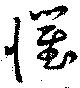
懼